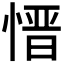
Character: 𪬕